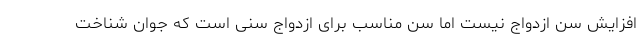
افزایش سن ازدواج نیست اما سن مناسب برای ازدواج سنی است که جوان شناخت